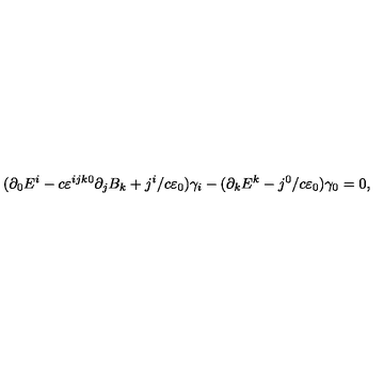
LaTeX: ( \partial _ { 0 } E ^ { i } - c \varepsilon ^ { i j k 0 } \partial _ { j } B _ { k } + j ^ { i } / c \varepsilon _ { 0 } ) \gamma _ { i } - ( \partial _ { k } E ^ { k } - j ^ { 0 } / c \varepsilon _ { 0 } ) \gamma _ { 0 } = 0 ,